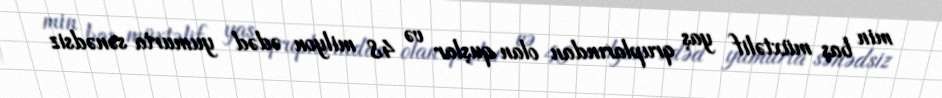
min baş müxtəlif yaş qruplarından olan quşlar və 48 milyon ədəd yumurta sənədsiz